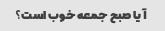
آیا صبح جمعه خوب است؟